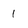
Character: 1